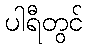
ပါရီတွင်